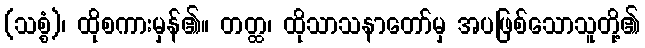
(သစ္စံ)၊ ထိုစကားမှန်၏။ တတ္ထ၊ ထိုသာသနာတော်မှ အပဖြစ်သောသူတို့၏